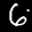
Label: 6